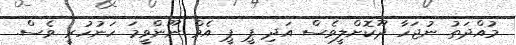
މުއްދަތު ނުޖަހާ ދޫކޮށްލީވެސް އަދި ޕީ ޕީ އެމް ނޫންވީމަ ހަނުހުރީ ވެސް.